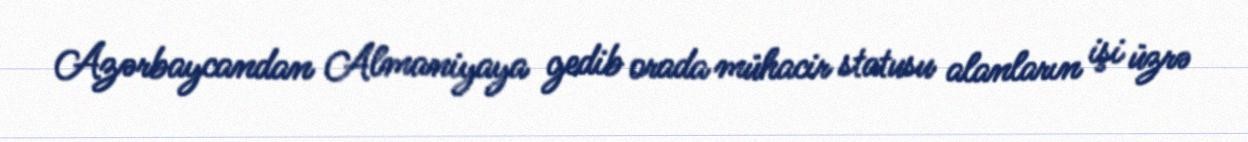
Azərbaycandan Almaniyaya gedib orada mühacir statusu alanların işi üzrə